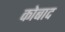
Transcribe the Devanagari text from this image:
कोबाद